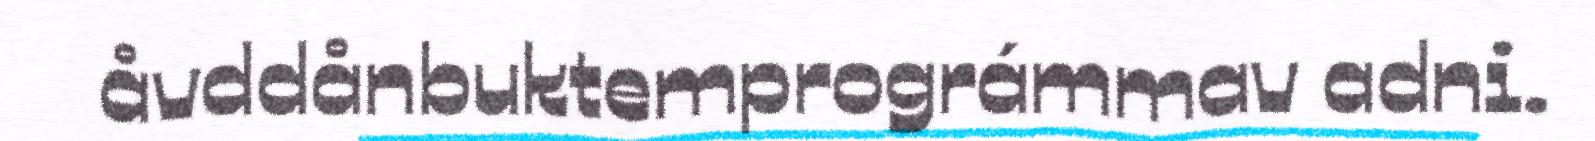
åvddånbuktemprográmmav adni.